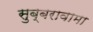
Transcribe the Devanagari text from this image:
सुब्बरावामा